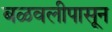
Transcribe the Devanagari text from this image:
बळवलीपासून